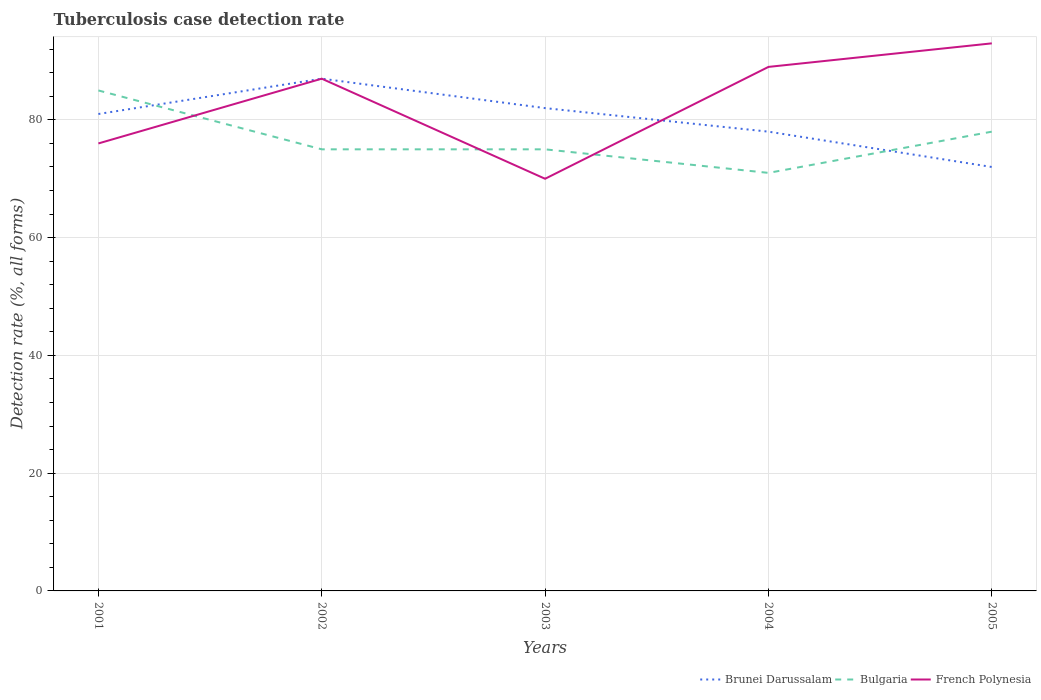
| Years | Brunei Darussalam | Bulgaria | French Polynesia |
 | --- | --- | --- | --- |
 | 2001 | 81 | 85 | 76 |
 | 2002 | 87 | 75 | 87 |
 | 2003 | 82 | 75 | 70 |
 | 2004 | 78 | 71 | 89 |
 | 2005 | 72 | 78 | 93 |